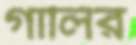
গালির